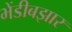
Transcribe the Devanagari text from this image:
भेंडीबझार